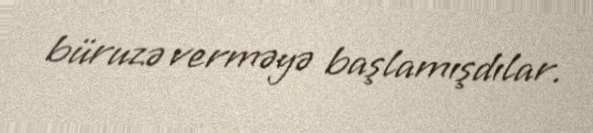
büruzə verməyə başlamışdılar.